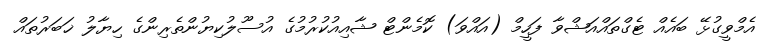
އެމްވީގުޅޭ ބައެއް ޓެގްތައްއަޝްވާ ފަހީމް (އައްވަ) ކޮމެންޓް ޝާއިއުކުރުމުގެ އުސޫލުކިޔުންތެރިންގެ ހިޔާލު ޚަބަރުތައް